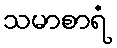
သမာစာရံ